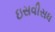
ઇસવીસધ